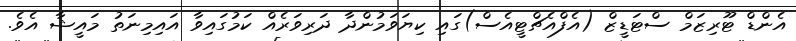
އެންޑް ޓޫރިޒަމް ސްޓަޑީޒް (އެފްއެޗްޓީއެސް)ގައި ކިޔަވަމުންދާ ދަރިވަރެއް ކަމުގައިވާ އައިމިނަތު މައީޝާ އެވެ.